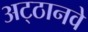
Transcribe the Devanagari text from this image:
अट्‍ठानवे